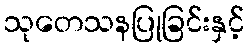
သုတေသနပြုခြင်းနှင့်